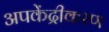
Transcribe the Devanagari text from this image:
अपकेंद्रीकरण